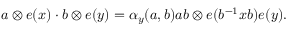
a \otimes e ( x ) \cdot b \otimes e ( y ) = \alpha _ { y } ( a , b ) a b \otimes e ( b ^ { - 1 } x b ) e ( y ) .